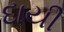
દાયી